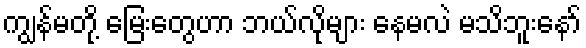
ကျွန်မတို့ မြေးတွေဟာ ဘယ်လိုများ နေမလဲ မသိဘူးနော်